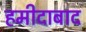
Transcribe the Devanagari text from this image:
हमीदाबाद